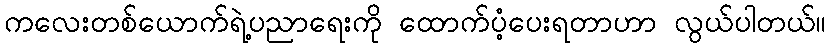
ကလေးတစ်ယောက်ရဲ့ပညာရေးကို ထောက်ပံ့ပေးရတာဟာ လွယ်ပါတယ်။